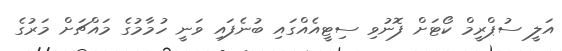
އަލީ ސުޕްރީމް ކޯޓަށް ފޮނުވި ސިޓީއެއްގައި ބުނެފައި ވަނީ ހުމާމުގެ މައްޗަށް މަރުގެ